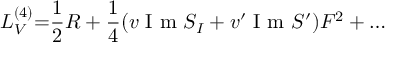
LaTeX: { \cal L } _ { V } ^ { ( 4 ) } { = } { \frac { 1 } { 2 } } R + { \frac { 1 } { 4 } } ( v \makebox { I m } S _ { I } + v ^ { \prime } \makebox { I m } S ^ { \prime } ) F ^ { 2 } + \dots